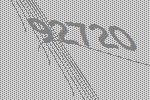
92720